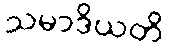
သမာဒိယတိ